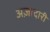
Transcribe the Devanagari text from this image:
अज़ादारी